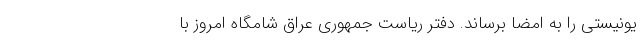
یونیستی را به امضا برساند. دفتر ریاست جمهوری عراق شامگاه امروز با